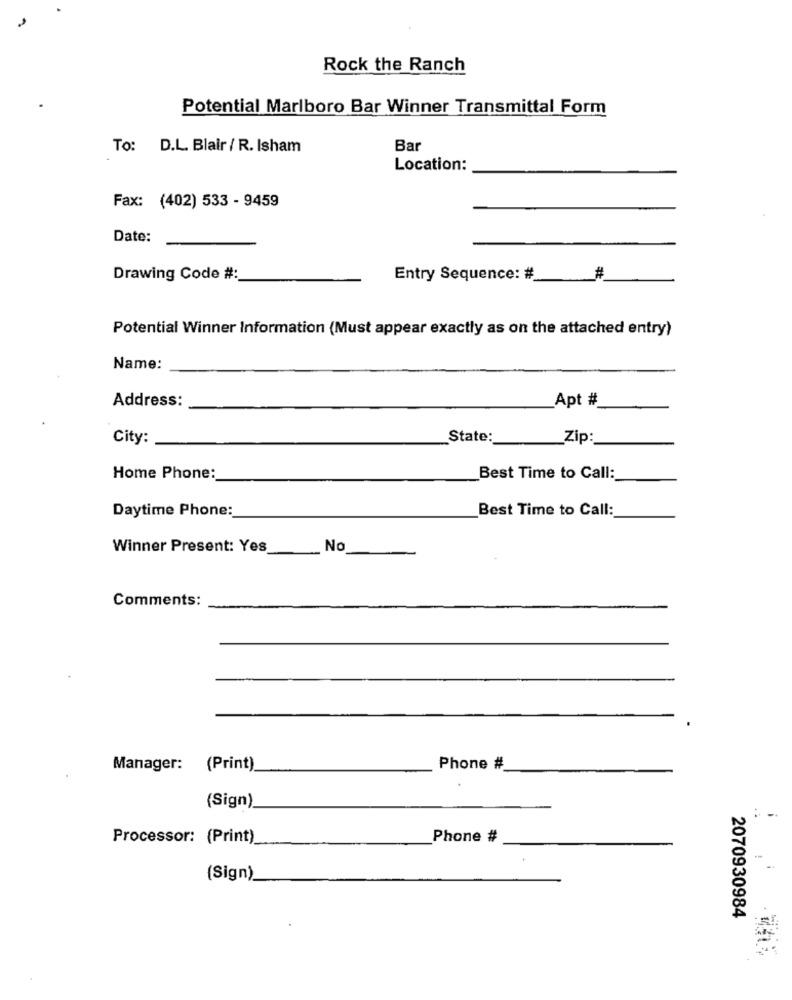
Rock the Ranch
Potential Marlboro Bar Winner Transmittal Form
To: D.L. Blair / R. Isham
Bar
Location:
Fax: (402) 533 - 9459
Date:
Drawing Code #:
Entry Sequence: #
#
Potential Winner Information (Must appear exactly as on the attached entry)
Name:
Address:
Apt #
City:
State:
Zip:
Home Phone:
Best Time to Call:
Daytime Phone:
Best Time to Call:
Winner Present: Yes
No
Comments:
Manager:
(Print)
Phone #
(Sign)
Processor: (Print)
Phone #
(Sign)
2070930984